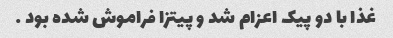
غذا با دو پیک اعزام شد و پیتزا فراموش شده بود …